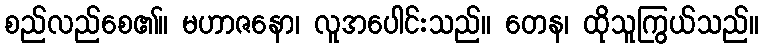
စည်လည်စေ၏။ မဟာဇနော၊ လူအပေါင်းသည်။ တေန၊ ထိုသူကြွယ်သည်။